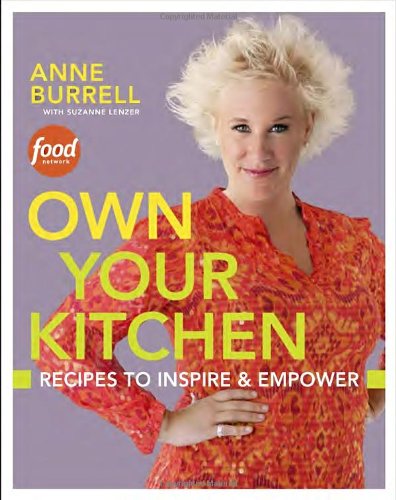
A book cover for Own Your Kitchen: Recipes to Inspire & Empower; Anne Burrell; Cookbooks, Food & Wine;